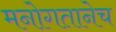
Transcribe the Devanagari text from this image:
मनोगतानेच